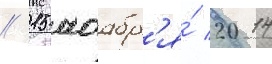
// 15 ноабр'я́ 2014